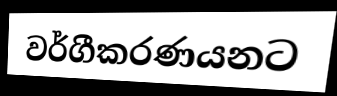
වර්ගීකරණයනට